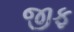
જીફ